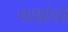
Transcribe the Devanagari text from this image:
मायांचा